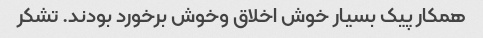
همکار پیک بسیار خوش اخلاق وخوش برخورد بودند. تشکر